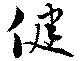
健